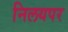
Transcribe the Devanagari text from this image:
निलयपर